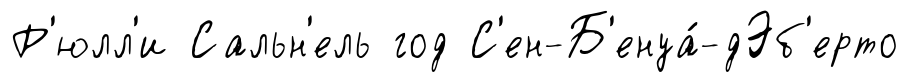
Р'юлл'и Сальн'ель год С'ен-Б'енуа́-дЭб'ерто